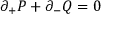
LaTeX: \partial _ { + } P + \partial _ { - } Q = 0